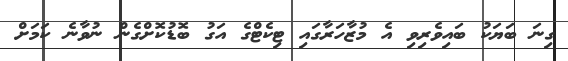
ގިނަ ބަޔަކު ބައިވެރިވި އެ މުޒާހަރާގައި ޓިކެޓްގެ އަގު ބޮޑުކޮށްގެން ނުވާނެ ކަމަށް